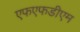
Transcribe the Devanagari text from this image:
एफएफडीएम